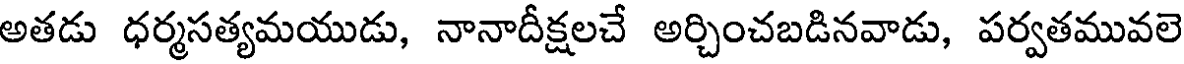
అతడు ధర్మసత్యమయుడు, నానాదీక్షలచే అర్చించబడినవాడు, పర్వతమువలె